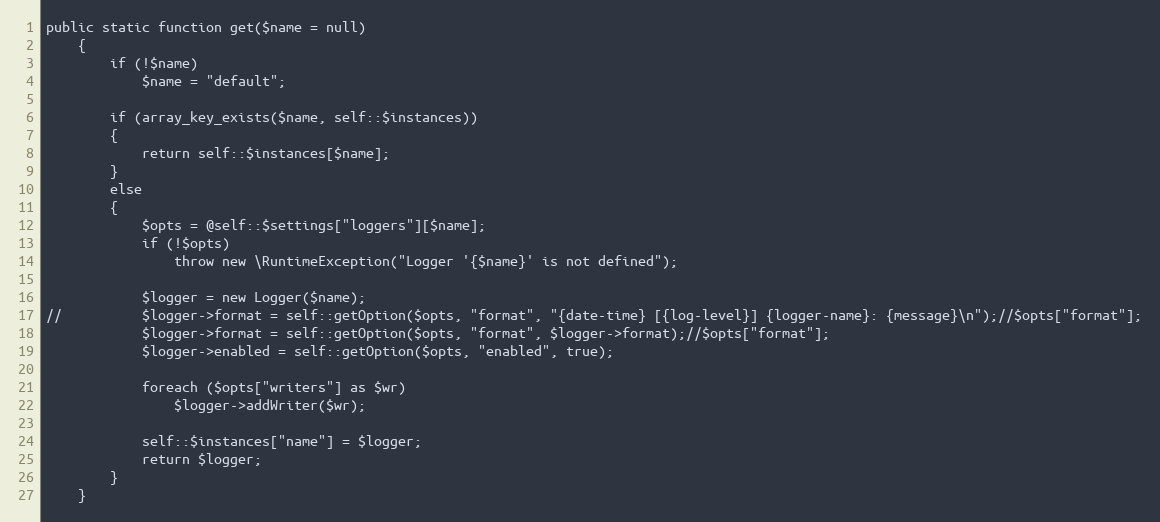
Language: PHP
public static function get($name = null)
	{
		if (!$name)
			$name = "default";

		if (array_key_exists($name, self::$instances))
		{
			return self::$instances[$name];
		}
		else
		{
			$opts = @self::$settings["loggers"][$name];
			if (!$opts)
				throw new \RuntimeException("Logger '{$name}' is not defined");

			$logger = new Logger($name);
//			$logger->format = self::getOption($opts, "format", "{date-time} [{log-level}] {logger-name}: {message}\n");//$opts["format"];
			$logger->format = self::getOption($opts, "format", $logger->format);//$opts["format"];
			$logger->enabled = self::getOption($opts, "enabled", true);

			foreach ($opts["writers"] as $wr)
				$logger->addWriter($wr);

			self::$instances["name"] = $logger;
			return $logger;
		}
	}